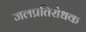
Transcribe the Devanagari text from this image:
जलप्रतिरोधक